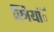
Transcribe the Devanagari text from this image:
स्त्रियांॅ